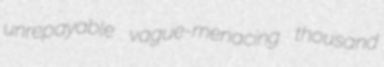
unrepayable vague-menacing thousand